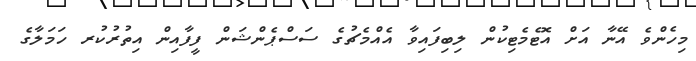
މިހެންވެ އޭނާ އަށް އޮޓެމެޓިކުން ލިބިފައިވާ އެއްމެޗުގެ ސަސްޕެންޝަން ފީފާއިން އިތުރުކުރ ހަމަލާގެ